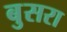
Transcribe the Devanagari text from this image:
बुसरा